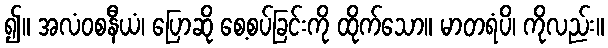
၍။ အလံဝစနီယံ၊ ပြောဆို စေ့စပ်ခြင်းကို ထိုက်သော။ မာတရံပိ၊ ကိုလည်း။